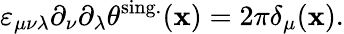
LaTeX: \varepsilon_{\mu\nu\lambda}\partial_{\nu}\partial_{\lambda}\theta^{\mathrm{sing.}}({\mathbf x})=2\pi\delta_{\mu}({\mathbf x}).